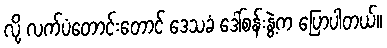
လို့ လက်ပံတောင်းတောင် ဒေသခံ ဒေါ်စန်းနွဲ့က ပြောပါတယ်။